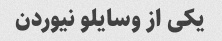
یکی از وسایلو نیوردن